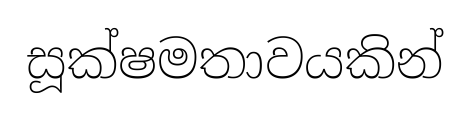
සූක්ෂමතාවයකින්